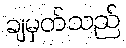
ချမှတ်သည်